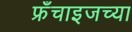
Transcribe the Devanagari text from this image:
फ्रँचाइजच्या